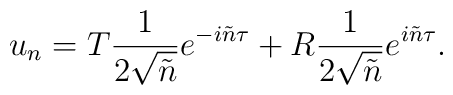
u_n= T \frac{1}{2\sqrt{ \tilde{n}}} e^{-i\tilde{n}\tau} + R\frac{1}{2\sqrt{ \tilde{n}}}e^{i\tilde{n}\tau}.